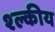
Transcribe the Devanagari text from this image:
श्ल्कीय